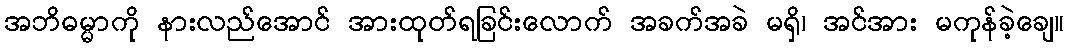
အဘိဓမ္မာကို နားလည်အောင် အားထုတ်ရခြင်းလောက် အခက်အခဲ မရှိ၊ အင်အား မကုန်ခဲ့ချေ။